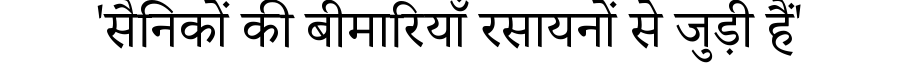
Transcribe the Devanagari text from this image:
'सैनिकों की बीमारियाँ रसायनों से जुड़ी हैं'